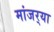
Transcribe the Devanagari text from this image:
मांजर्‍या